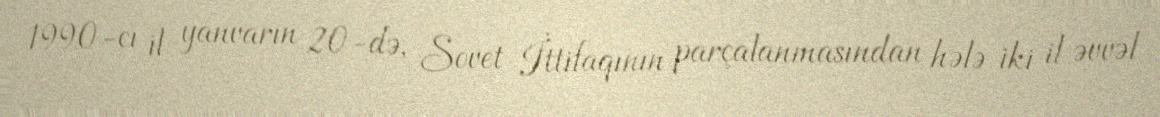
1990-cı il yanvarın 20-də, Sovet İttifaqının parçalanmasından hələ iki il əvvəl